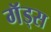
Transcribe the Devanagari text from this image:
गॅड्स